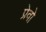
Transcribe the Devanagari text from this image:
प्रेवो